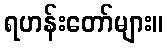
ရဟန်းတော်များ။